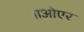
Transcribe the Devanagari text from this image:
माओएर